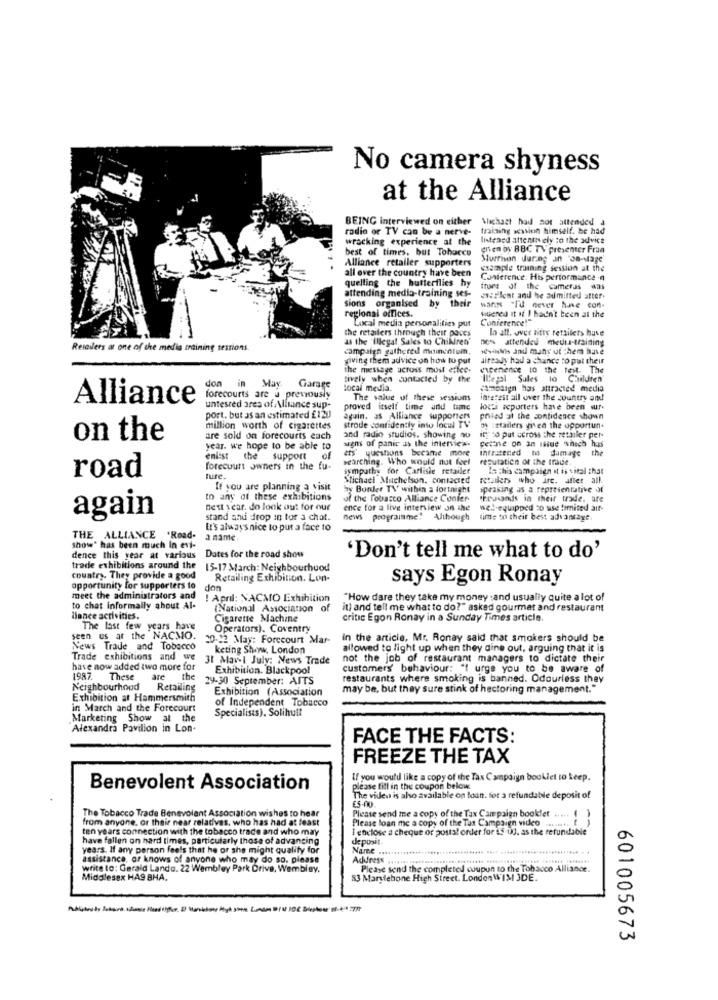
No camera shyness
at the Alliance
BEING interviewed on either
Michast had not attended a
radio or TV can be a nerve-
training session himself. he had
wracking experience at the
listened attentrely to the advice
best of times, but Tobacco
gnien oy BBC TV presenter Fraa
Alliance retailer supporters
Murrison during an 'da-stage'
all over the country have been
example training session at the
quelling the butterflies hy
Conference. His performance -n
frurs of the cameras
attending media-training ses-
sions organised by their
asilent and he admitted after.
hans "Id never hne con-
regional offices.
Local media personalities put
stered it if I hadn't been at the
Conference!"
the retailers through their paces
la att. over lifts retsilets have
as the 'Illegal Sales to Children"
non attended medu-training
Resoilers at one of the media training sessions.
campaign gathered momentum.
sesinais and many ut them have
giving them advice on how to put
already had a chance to put their
the message across moil ettee.
eenence 10 the fest. The
don
tively when contacted by the
Illegal Sales lo Couldten
in May
Garage
local media.
campaign has attracted media
Alliance
forecourts are u previously
The value of these sessions
interest all over the country and
untested ares of Alliance sup-
proved itsell time and time
logi acporters have been sur.
port, but as an estimated £120
aguin. as Alliance supporters
prired at the confidence shown
million worth of cigarettes
strode confidently into local TV
DA :ttasiers gien the opportun.
on the
are sold on forecourts each
and radio studios. showing no
signs of panic as the interview.
ity to put across the rethiler per-
Feline on an siue which has
year. we hope to be able to
ers' questions became more
Infratened to dumaye
the
enlist
the support
of
searching. Who would not feel
reputation of the true
forecourt owners in the fu-
sympathy for Carlisle retailer
Is this campaign it is vital that
road
ture.
Sichaci Muchelson. contacted
retailers who irc. after all.
If you are planning a visit
by Border T\' within a fortnight
speaking as a representative .M
to any of these exhibitions
of the Tobacco Alliance Confer-
thrasands in their trade, are
next year. do look out for our
ence for a live interview on the
wel-equipped to use limited air-
again
stand and drop in for a chat.
news programme! Although
time to their best advantage.
It's always nice to put a face to
THE ALLIANCE 'Road-
show" has been much In evi-
dence this year at various
Dates for the road show
'Don't tell me what to do'
trade exhibitions around the
15-17 March: Neighbourhood
country. They provide a good
Retailing Exhibition. Lon-
says Egon Ronay
opportunity for supporters to
don
meet the administrators and
! April: NACMO Exhibition
"How dare they take my money :and usually quite a lot of
to chat informally about Al-
(National Association o
it) and tell me what to do?" asked gourmet and restaurant
liance scrivities.
Cigarette Machine
critic Egon Ronay in a Sunday Times article.
The last few years have
Operators). Coventry
seen us at the NACMO
20-12 May: Forccourt Mar-
in the article, Mr. Ronay said that smokers should be
News Trade and Tobacco
keting Show. London
allowed to light up when they dine out, arguing that it is
Trade exhibitions and we
31 Mavi July: News Trade
not the job of restaurant managers to dictate their
have now added two more for
Exhibition. Blackpool
customers' behaviour: "I urge you to be aware of
1987. These
are
the 29-30 September: AITS
restaurants where smoking is banned. Odourless they
Neighbourhood
Retailing
Exhibition (Association
may be, but they sure stink of hectoring management."
Exhibition at Hammersmith
of Independent Tobacco
in March and the Forecourt
Specialists). Solihull
Marketing Show at the
Alexandra Pavilion in Lon-
FACE THE FACTS:
FREEZE THE TAX
If you would like a copy of the Tax Campaign booklet to keep.
Benevolent Association
please fill in the coupon below.
The videu is also available on loan. for a refundable deposit of
The Tobacco Trade Benevolent Association wishes to hear
€5.00.
from anyone. or their near relativas, who has had at feast
Please loan me a copy of the Tax Campaign video ......
Please send me a copy of the Tax Campaign booklet ..... .
ten years connection with the tobacco trade and who may
I enclose a cheque or postal order for is Ud. as the refundable
have fallen on hard times, particularly those of advancing
deposit.
years. If any person feels that he or she might qualify for
Name ......
assistance, or knows of anyone who may do so, please
Address ..
write to: Gerald Lando. 22 Wembley Park Drive, Wembley.
Please send the completed coupun to the Tobacco Alliance
Middlesex HAS BHA.
83 Marylebone High Street. LondonWIM JDE.
601005673